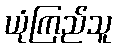
ယုံကြည်သူ